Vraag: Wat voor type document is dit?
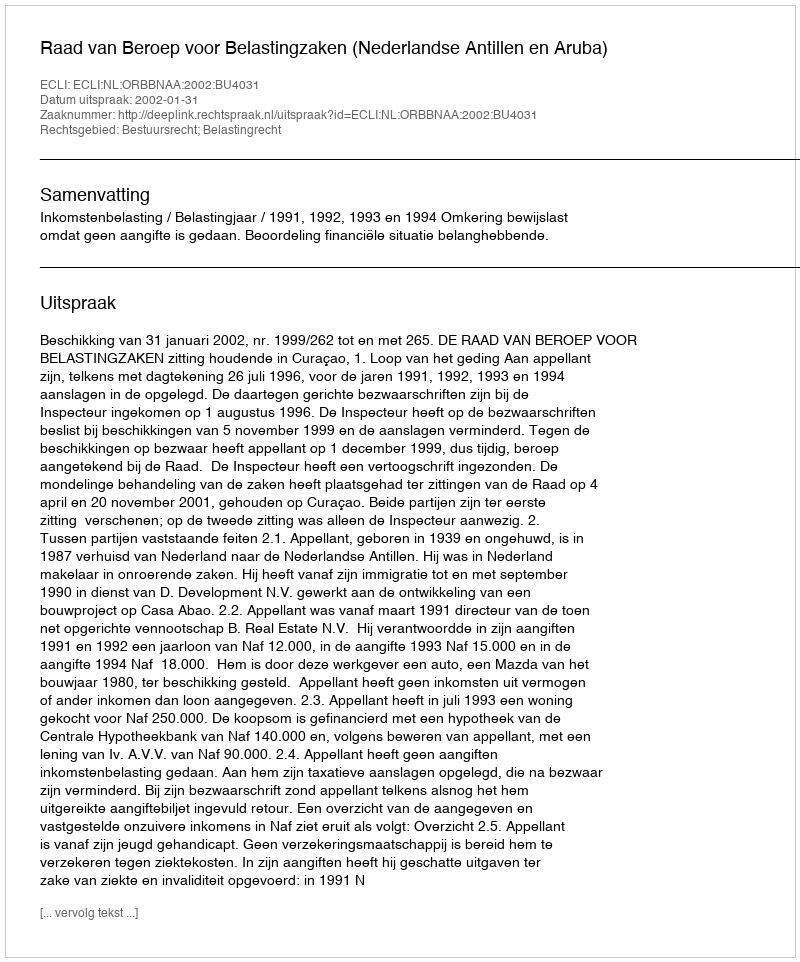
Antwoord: Uitspraak